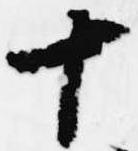
十